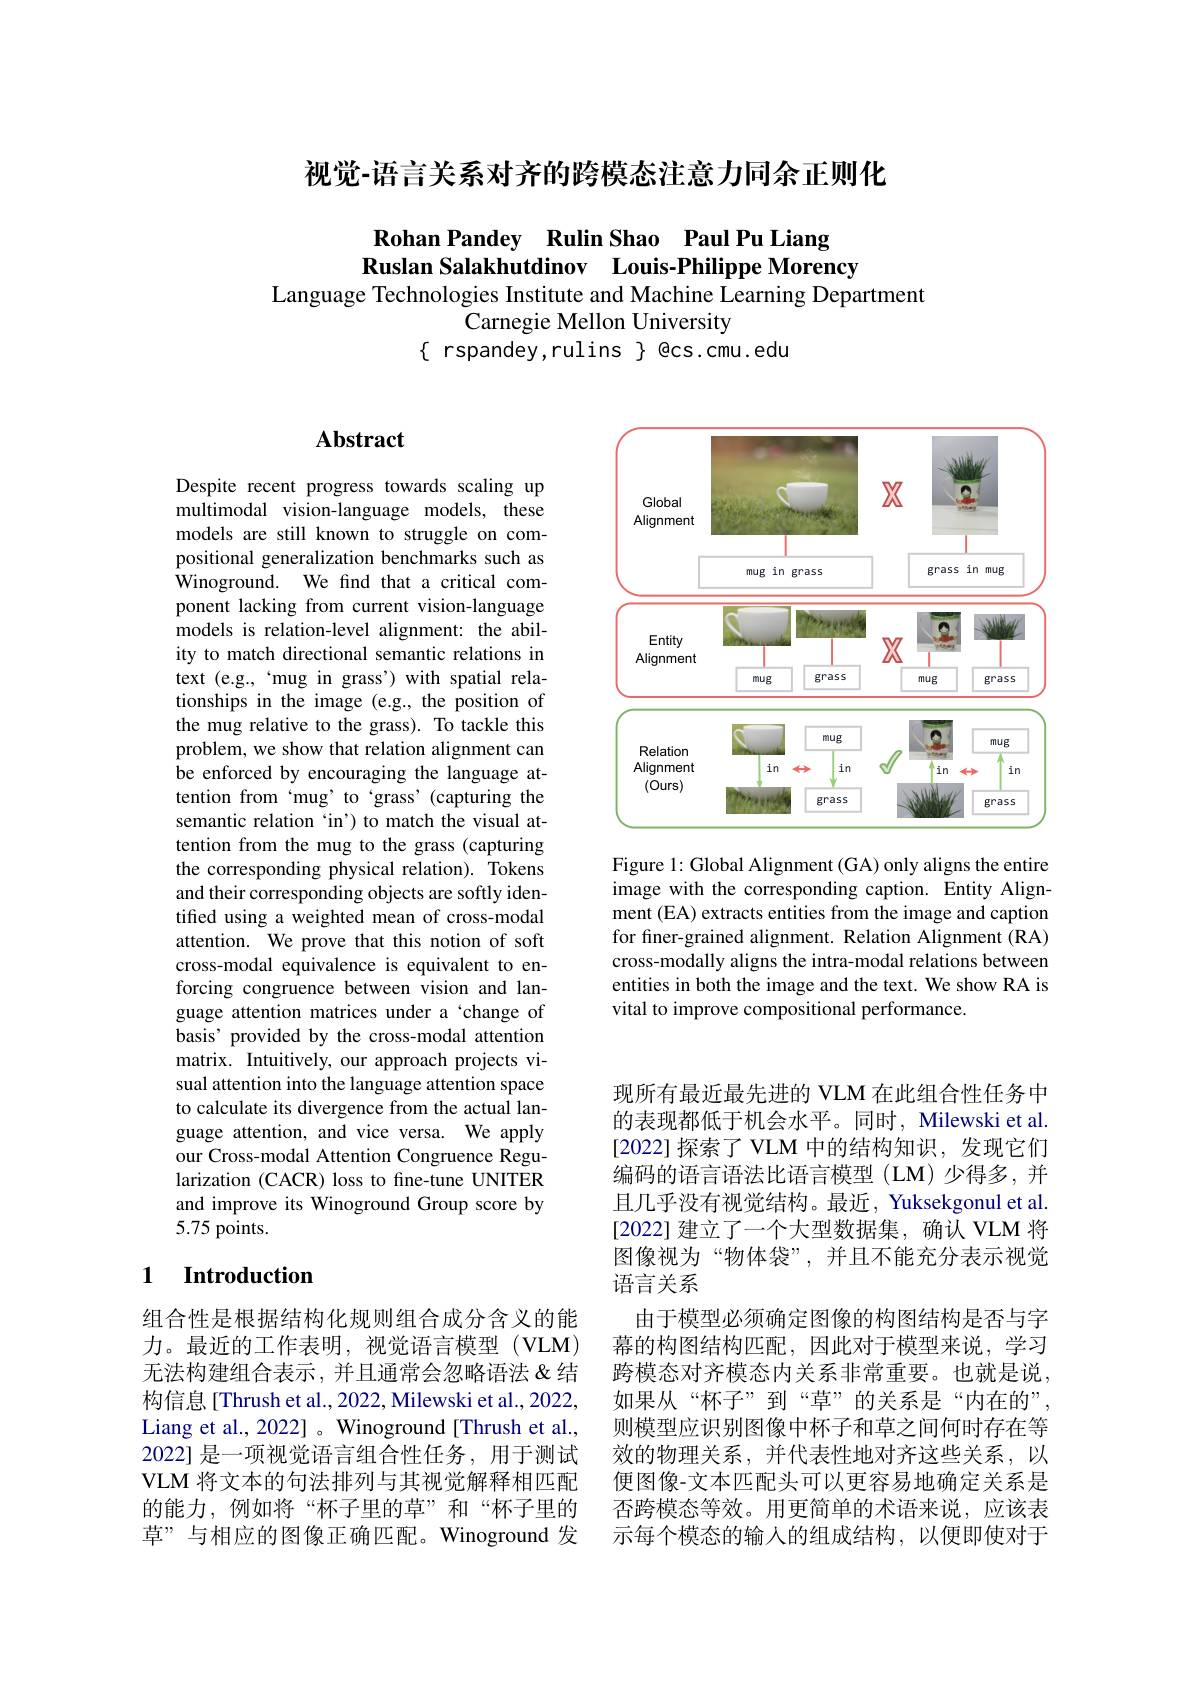
视觉-语言关系对齐的跨模态注意力同余正则化

# Rohan Pandey Rulin Shao Paul Pu Liang Ruslan Salakhutdinov Louis-Philippe Morency Language Technologies Institute and Machine Learning Department Carnegie Mellon University $\{$ rspandey,rulins $\}$ ecs.cmu.edu

## $\mathbf{Abstract}$

Despite recent progress towards scaling up multimodal vision-language models, these models are still known to struggle on compositional generalization benchmarks such as Winoground. We find that a critical component lacking from current vision-language models is relation-level alignment: the ability to match directional semantic relations in text (e.g.,“mug in grass') with spatial relationships in the image (e.g., the position of the mug relative to the grass). To tackle this problem, we show that relation alignment can be enforced by encouraging the language attention from ‘mug’ to‘grass’(capturing the semantic relation ‘in’) to match the visual attention from the mug to the grass (capturing the corresponding physical relation). Tokens and their corresponding objects are softly identified using a weighted mean of cross-modal attention. We prove that this notion of soft cross-modal equivalence is equivalent to enforcing congruence between vision and language attention matrices under a‘change of basis' provided by the cross-modal attention matrix. Intuitively, our approach projects visual attention into the language attention space to calculate its divergence from the actual language attention, and vice versa. We apply our Cross-modal Attention Congruence Regularization (CACR) loss to fine-tune UNITER and improve its Winoground Group score by 5.75 points.

## 1 $\textbf{Introduction}$

组合性是根据结构化规则组合成分含义的能力。最近的工作表明，视觉语言模型(VLM) 无法构建组合表示，并且通常会忽略语法&结构信息[Thrush et al., 2022, Milewski et al., 2022, Liang et al., 2022] 。Winoground[Thrush et al., 2022] 是一项视觉语言组合性任务，用于测试VLM 将文本的句法排列与其视觉解释相匹配的能力，例如将“杯子里的草”和“杯子里的草”与相应的图像正确匹配。Winoground 发

<FigureHere>

Figure 1: Global Alignment (GA) only aligns the entire image with the corresponding caption. Entity Alignment (EA) extracts entities from the image and caption for finer-grained alignment. Relation Alignment (RA) cross-modally aligns the intra-modal relations between entities in both the image and the text. We show RA is vital to improve compositional performance.

现所有最近最先进的 VLM 在此组合性任务中的表现都低于机会水平。同时，Milewski et al. [2022] 探索了 VLM 中的结构知识，发现它们编码的语言语法比语言模型(LM)少得多，并且几乎没有视觉结构。最近，Yuksekgonul et al. [2022] 建立了一个大型数据集，确认 VLM 将图像视为“物体袋”,并且不能充分表示视觉语言关系
由于模型必须确定图像的构图结构是否与字幕的构图结构匹配，因此对于模型来说，学习跨模态对齐模态内关系非常重要。也就是说， 如果从“杯子”到“草”的关系是“内在的”, 则模型应识别图像中杯子和草之间何时存在等效的物理关系，并代表性地对齐这些关系，以便图像-文本匹配头可以更容易地确定关系是否跨模态等效。用更简单的术语来说，应该表示每个模态的输入的组成结构，以便即使对于